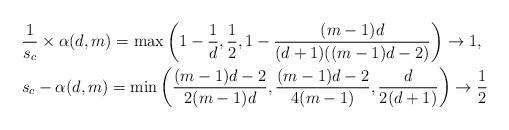
LaTeX: \begin{align*}& \frac{1}{s_c} \times \alpha (d,m) = \max \left( 1-\frac{1}{d}, \frac{1}{2}, 1-\frac{(m-1)d}{(d+1) ((m-1)d-2)} \right) \rightarrow 1, \\& s_c - \alpha (d,m) = \min \left( \frac{(m-1)d-2}{2(m-1)d}, \frac{(m-1)d-2}{4(m-1)}, \frac{d}{2(d+1)} \right) \rightarrow \frac{1}{2}\end{align*}